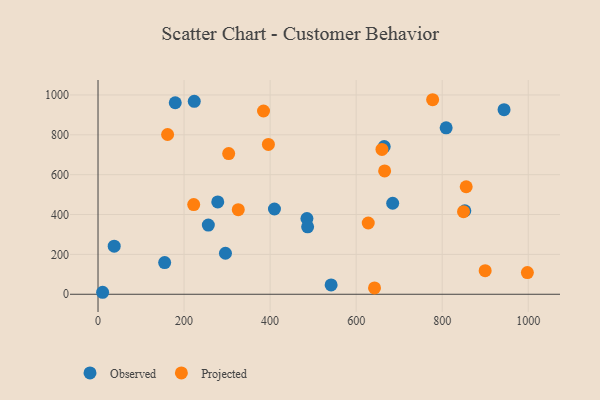
{"axis": {"x": "Investment", "y": "Profit"}, "legend": ["Observed", "Projected"], "data": [{"x": "809.2", "y": 834.9, "type": "Observed"}, {"x": "154.9", "y": 158.9, "type": "Observed"}, {"x": "943.8", "y": 926.4, "type": "Observed"}, {"x": "684.9", "y": 456.6, "type": "Observed"}, {"x": "10.7", "y": 9.9, "type": "Observed"}, {"x": "37.6", "y": 241.3, "type": "Observed"}, {"x": "410.1", "y": 427.7, "type": "Observed"}, {"x": "278.3", "y": 463.4, "type": "Observed"}, {"x": "179.5", "y": 960.9, "type": "Observed"}, {"x": "296.2", "y": 205.7, "type": "Observed"}, {"x": "256.4", "y": 346.9, "type": "Observed"}, {"x": "485.6", "y": 380.1, "type": "Observed"}, {"x": "487.2", "y": 338.3, "type": "Observed"}, {"x": "223.7", "y": 968.3, "type": "Observed"}, {"x": "541.8", "y": 47.0, "type": "Observed"}, {"x": "665.2", "y": 740.8, "type": "Observed"}, {"x": "852.6", "y": 419.0, "type": "Observed"}, {"x": "628.1", "y": 357.5, "type": "Projected"}, {"x": "855.8", "y": 539.3, "type": "Projected"}, {"x": "777.8", "y": 976.1, "type": "Projected"}, {"x": "642.7", "y": 31.7, "type": "Projected"}, {"x": "222.4", "y": 450.0, "type": "Projected"}, {"x": "849.6", "y": 414.3, "type": "Projected"}, {"x": "899.9", "y": 118.3, "type": "Projected"}, {"x": "161.7", "y": 801.6, "type": "Projected"}, {"x": "326.0", "y": 424.3, "type": "Projected"}, {"x": "666.2", "y": 618.9, "type": "Projected"}, {"x": "384.7", "y": 919.6, "type": "Projected"}, {"x": "660.0", "y": 726.6, "type": "Projected"}, {"x": "998.0", "y": 108.9, "type": "Projected"}, {"x": "303.7", "y": 706.0, "type": "Projected"}, {"x": "396.0", "y": 751.6, "type": "Projected"}]}